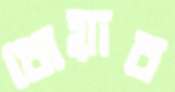
ধোয়াব